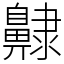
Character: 齂